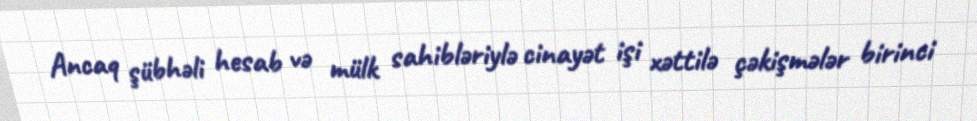
Ancaq şübhəli hesab və mülk sahibləriylə cinayət işi xəttilə çəkişmələr birinci